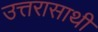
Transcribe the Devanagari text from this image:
उत्तरासाथी